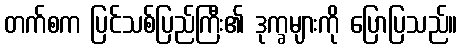
တက်စက ပြင်သစ်ပြည်ကြီး၏ ဒုက္ခများကို ပြောပြသည်။